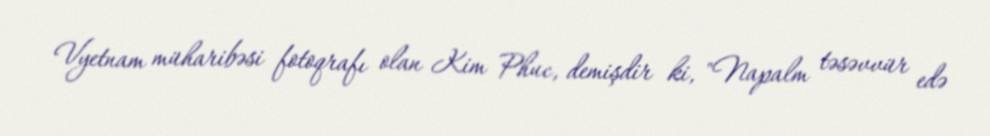
Vyetnam müharibəsi fotoqrafı olan Kim Phuc, demişdir ki, "Napalm təsəvvür edə